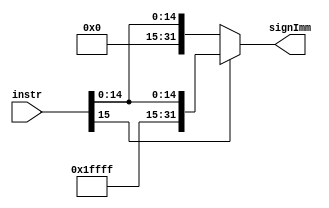
/*
* Module: Sign Extention
* Description: copies the sign bit of a short input into all of the upper bits of the longer output.
*/
module sign_extend(
/************************ Input Ports ************************/
input wire [15:0] instr,

/************************ Output Ports ************************/
output reg [31:0] signImm


);

/************************ Code Start ************************/
always @(*)begin
if(instr[15]==1'b0) //check on the MSB of the instruction
signImm={ {16{1'b0} },instr}; //if the number is positive
else 
signImm={ {16{1'b1} },instr}; //if the number is negative
end
endmodule